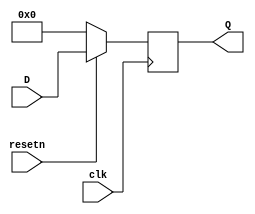


module D_flipflop(D, clk, resetn, Q);
	parameter n = 8;
	input [n-1:0] D;
	input clk, resetn;
	output reg [n-1:0] Q;
	// synchronouse reset, active low
	always@(posedge clk)
//always@(posedge clk or negedge resetn) // for async 
	begin
		if (!resetn)
			Q <= 0;
		else
			Q <= D;
	end 
endmodule